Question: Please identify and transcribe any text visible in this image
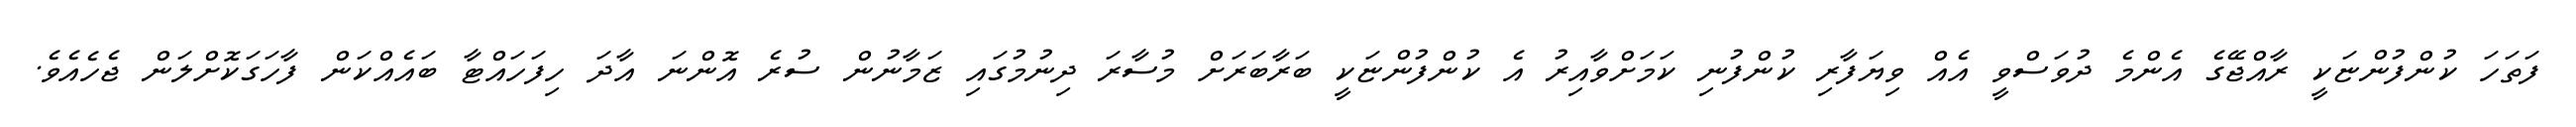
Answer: ފަތަހަ ކުންފުންޏަކީ ރާއްޖޭގެ އެންމެ ދުވަސްވީ އެއް ވިޔަފާރި ކުންފުނި ކަމަށްވާއިރު އެ ކުންފުންޏަކީ ބަރާބަރަށް މުސާރަ ދިނުމުގައި ޒަމާނުން ސުރެ އޮންނަ އާދަ ހިފަހައްޓާ ބައެއްކަން ފާހަގަކޮށްލަން ޖެހެއެވެ.